Annual report of the Punjab Veterinary College and of the Civil Veterinary Department, Punjab - 1926-1932
Year: 1926
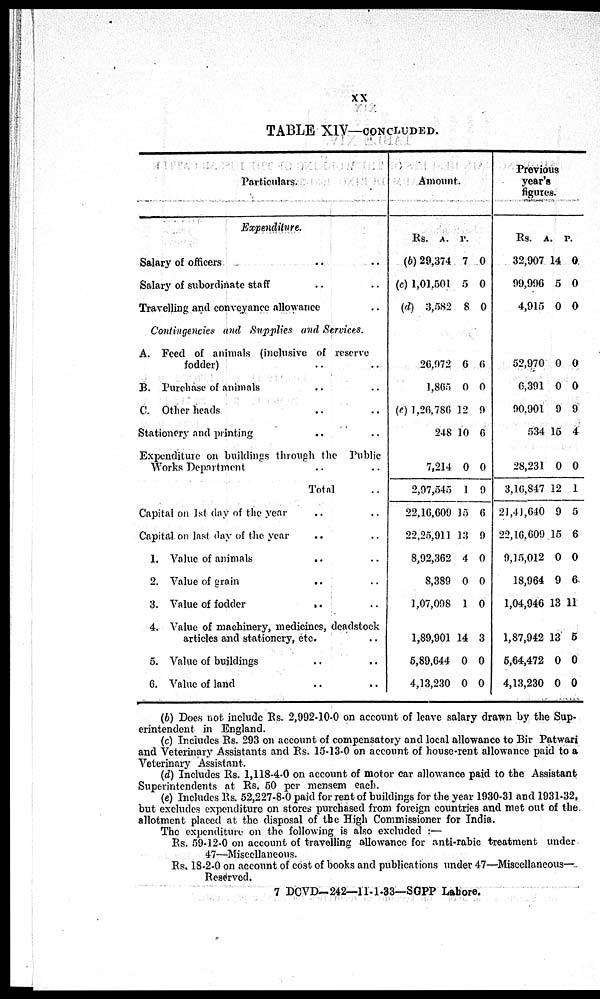
xx
TABLE XIV—CONCLUDED.
Particulars.
Expenditure.
Salary of officers .. ..
Salary of subordinate staff .. .. .. ..
Travelling and conveyance allowance ..
Contingencies and Supplies and Services.
A. Feed of animals (inclusive of reserve
fodder) .. ..
B. Purchase of animals .. .. ..
C. Other heads .. ..
Stationery and pointing .. ..
Expenditure on buildings through the Public
Works Department .. .. ..
Total ..
Capital on 1st day of the year .. ..
Capital on last day of the year .. ..
1. Value of animals .. ..
2. Value of grain
..
..
3. Value of fodder .. ..
4. Value of machinery, medicines, deadstock
articles and stationery, etc. .. ..
5. Value of buildings .. ..
6. Value of land .. ..
Amount.
Rs.
(b) 29,374
(c) 1,01,501
(d) 3,582
A.
7
5
8
P.
0
0
0
26,972
1.865
(c) 1,26,786
248
7,214
2,97,545
22,16,609
22,25,911
8,92,362
8,389
1,07,098
1,89,901
5,89,644
4,13,230
6
0
12
10
0
1
15
13
4
0
1
14
0
0
6
0
9
6
0
9
6
9
0
0
0
3
0
0
Previous
year's
figures.
Rs.
32,907
99,996
4,915
A.
14
5
0
P.
0
0
0
52,970
6,391
90,901
534
28,231
3,16,847
21,41,640
22,16,609
9,15,012
18,964
1,04,946
1,87,942
5,64,472
4,13,230
0
0
9
15
0
12
9
15
0
9
13
13
0
0
0
0
9
4
0
1
5
6
0
6
11
5
0
0
(b) Does not include Rs. 2,992-10-0 on account of leave salary drawn by the Sup-
erintendent in England.
(c) Includes Rs. 293 on account of compensatory and local allowance to Bir Patwari
and Veterinary Assistants and Rs. 15-13-0 on account of house-rent allowance paid to a
Veterinary Assistant.
(d) Includes Rs. 1,118-4-0 on account of motor car allowance paid to the Assistant
Superintendents at Rs. 50 per mensem each.
(e) Includes Rs. 52,227-8-0 paid for rent of buildings for the year 1930-31 and 1931-32,
but excludes expenditure on stores purchased from foreign countries and met out of the
allotment placed at the disposal of the High Commissioner for India.
The expenditure on the following is also excluded :—
Rs. 59-12-0 on account of travelling allowance for anti-rabic treatment under
47—Miscellaneous.
Rs. 18-2-0 on account of cost of books and publications under 47—Miscellaneous-
Reserved.
7 DCVD-242—11-1-33—SGPP Lahore.